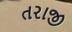
તરાજી